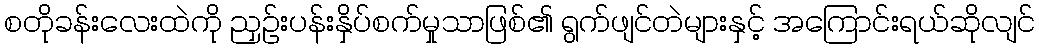
စတိုခန်းလေးထဲကို ညှဉ်းပန်းနှိပ်စက်မှုသာဖြစ်၏ ရွက်ဖျင်တဲများနှင့် အကြောင်းရယ်ဆိုလျင်